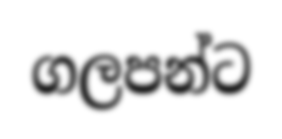
ගලපන්ට